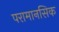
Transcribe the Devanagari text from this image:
परामानसिक